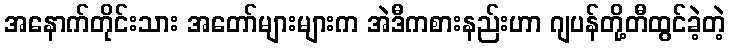
အနောက်တိုင်းသား အတော်များများက အဲဒီကစားနည်းဟာ ဂျပန်တို့တီထွင်ခဲ့တဲ့